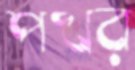
পখর